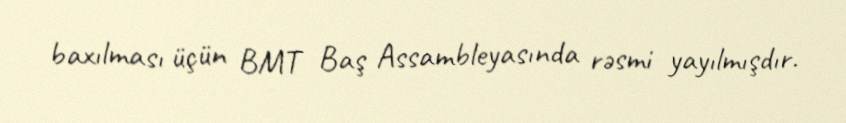
baxılması üçün BMT Baş Assambleyasında rəsmi yayılmışdır.